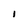
Character: I